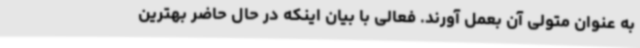
به عنوان متولی آن بعمل آورند. فعالی با بیان اینکه در حال حاضر بهترین